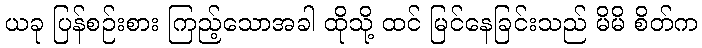
ယခု ပြန်စဉ်းစား ကြည့်သောအခါ ထိုသို့ ထင် မြင်နေခြင်းသည် မိမိ စိတ်က